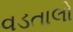
વડતાલો